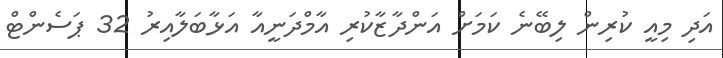
އަދި މިއީ ކުރިން ލިބޭނެ ކަމަށް އަންދާޒާކުރި އާމްދަނީއާ އަޅާބަލާއިރު 32 ޕަސެންޓް